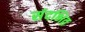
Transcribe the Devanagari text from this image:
संदभित